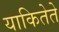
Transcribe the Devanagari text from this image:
याकितेते